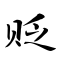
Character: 贬